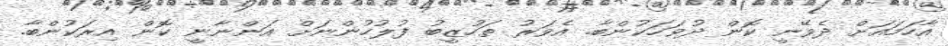
އާހަމައަށް ދެވޭނީ ކޮން ދުވަހަކުންބާ. އެވަރު ތަހުޒީބު ފުލުހުންނަށް އަންނާނީ ކޮން އިރަކުންބާ.